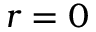
r = 0